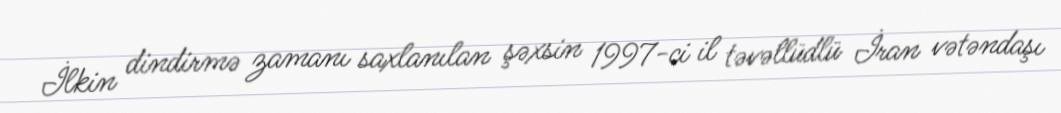
İlkin dindirmə zamanı saxlanılan şəxsin 1997-ci il təvəllüdlü İran vətəndaşı